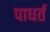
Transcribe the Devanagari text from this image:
पाधर्त